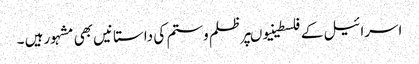
اسرائیل کے فلسطینیوںپرظلم وستم کی داستانیں بھی مشہورہیں ۔